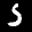
Label: 5